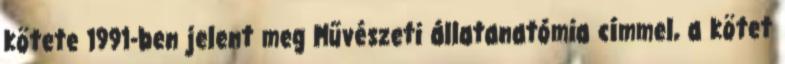
kötete 1991-ben jelent meg Művészeti állatanatómia címmel, a kötet